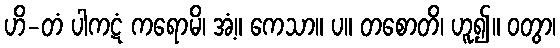
ဟိ-တံ ပါကဋံ ကရောမိ၊ အံ့။ ကေသာ။ ပ။ တစောတိ၊ ဟူ၍။ ဝတွာ၊